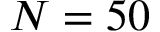
N = 5 0